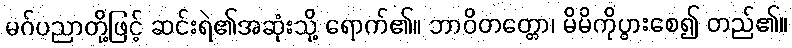
မဂ်ပညာတို့ဖြင့် ဆင်းရဲ၏အဆုံးသို့ ရောက်၏။ ဘာဝိတတ္တော၊ မိမိကိုပွားစေ၍ တည်၏။